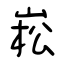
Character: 崧